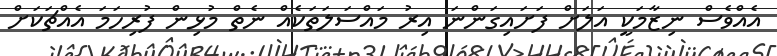
އެއްވެސް ނިޒާމަކީ އަލަށް ފަށައިގަންނަ އިރު މައްސަލަތަކެއް ނެތް މުޅިން ފުރިހަމަ އެއްޗަކަށް